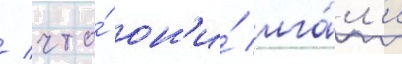
/ что́ он'и́ лга́л'и